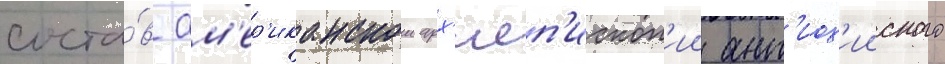
соста́в ам'ер'иканскои арх'иеп'ископ'ии ант'иох'ииского